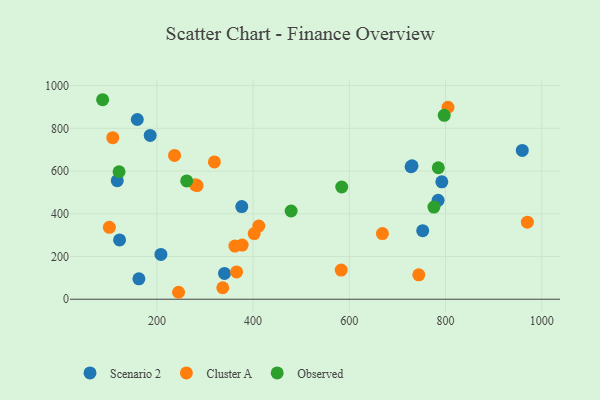
{"axis": {"x": "Ad Spend", "y": "Sales"}, "legend": ["Cluster A", "Observed", "Scenario 2"], "data": [{"x": "162.5", "y": 95.6, "type": "Scenario 2"}, {"x": "730.4", "y": 624.8, "type": "Scenario 2"}, {"x": "959.6", "y": 696.8, "type": "Scenario 2"}, {"x": "792.3", "y": 549.7, "type": "Scenario 2"}, {"x": "117.5", "y": 555.0, "type": "Scenario 2"}, {"x": "376.4", "y": 433.8, "type": "Scenario 2"}, {"x": "728.4", "y": 620.3, "type": "Scenario 2"}, {"x": "122.3", "y": 277.6, "type": "Scenario 2"}, {"x": "752.6", "y": 320.9, "type": "Scenario 2"}, {"x": "186.0", "y": 766.9, "type": "Scenario 2"}, {"x": "340.5", "y": 120.7, "type": "Scenario 2"}, {"x": "784.6", "y": 462.8, "type": "Scenario 2"}, {"x": "159.2", "y": 841.3, "type": "Scenario 2"}, {"x": "208.3", "y": 209.5, "type": "Scenario 2"}, {"x": "668.8", "y": 307.1, "type": "Cluster A"}, {"x": "283.4", "y": 532.0, "type": "Cluster A"}, {"x": "365.6", "y": 127.7, "type": "Cluster A"}, {"x": "744.4", "y": 114.0, "type": "Cluster A"}, {"x": "583.1", "y": 136.4, "type": "Cluster A"}, {"x": "377.2", "y": 253.6, "type": "Cluster A"}, {"x": "236.6", "y": 673.3, "type": "Cluster A"}, {"x": "245.0", "y": 32.5, "type": "Cluster A"}, {"x": "402.2", "y": 307.1, "type": "Cluster A"}, {"x": "805.2", "y": 898.7, "type": "Cluster A"}, {"x": "101.1", "y": 336.5, "type": "Cluster A"}, {"x": "336.9", "y": 53.7, "type": "Cluster A"}, {"x": "319.5", "y": 642.7, "type": "Cluster A"}, {"x": "108.2", "y": 756.5, "type": "Cluster A"}, {"x": "411.8", "y": 342.7, "type": "Cluster A"}, {"x": "280.0", "y": 535.5, "type": "Cluster A"}, {"x": "362.1", "y": 248.6, "type": "Cluster A"}, {"x": "970.2", "y": 360.5, "type": "Cluster A"}, {"x": "775.9", "y": 431.5, "type": "Observed"}, {"x": "87.1", "y": 934.0, "type": "Observed"}, {"x": "584.2", "y": 525.5, "type": "Observed"}, {"x": "797.3", "y": 861.1, "type": "Observed"}, {"x": "785.0", "y": 615.6, "type": "Observed"}, {"x": "479.0", "y": 413.1, "type": "Observed"}, {"x": "121.3", "y": 596.9, "type": "Observed"}, {"x": "261.9", "y": 554.0, "type": "Observed"}]}